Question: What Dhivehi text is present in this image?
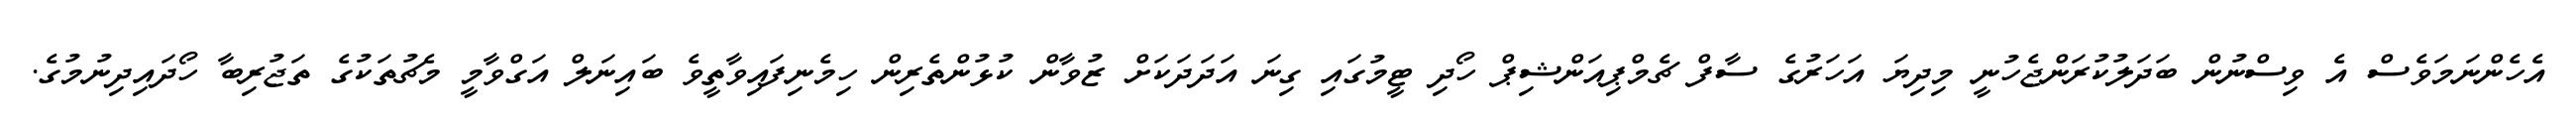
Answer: އެހެންނަމަވެސް އެ ވިސްނުން ބަދަލުކުރަންޖެހުނީ މިދިޔަ އަހަރުގެ ސާފް ޗެމްޕިއަންޝިޕް ހޯދި ޓީމުގައި ގިނަ އަދަދަކަށް ޒުވާން ކުޅުންތެރިން ހިމެނިފައިވާތީވެ ބައިނަލް އަގްވާމީ މެޗުތަކުގެ ތަޖުރިބާ ހޯދައިދިނުމުގެ.